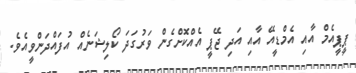
ޕީޕީއެމް އާއި އެމްޑީއޭ އާއި އަދި ޖޭޕީ އެއްކޮށްގެން ވަރުގަދަ ކޯލިޝަނެއް އުފައްދަންވީއެވެ.